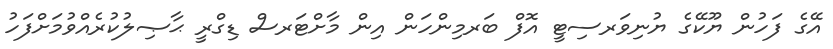
އޭގެ ފަހުން ޔޫކޭގެ ޔުނިވަރސިޓީ އޮފް ބަރމިންހަން އިން މާށްޓަރސް ޑިގްރީ ޙާޞިލުކުރެއްވުމަށްފަހު